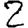
Digit: 2